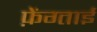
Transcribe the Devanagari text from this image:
फ़ेंग्ताई